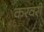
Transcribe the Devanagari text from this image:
करवरी